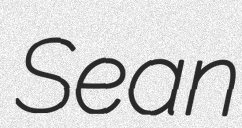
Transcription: Sean